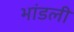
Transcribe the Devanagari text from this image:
भांडली